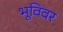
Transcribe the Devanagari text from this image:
भूविवर